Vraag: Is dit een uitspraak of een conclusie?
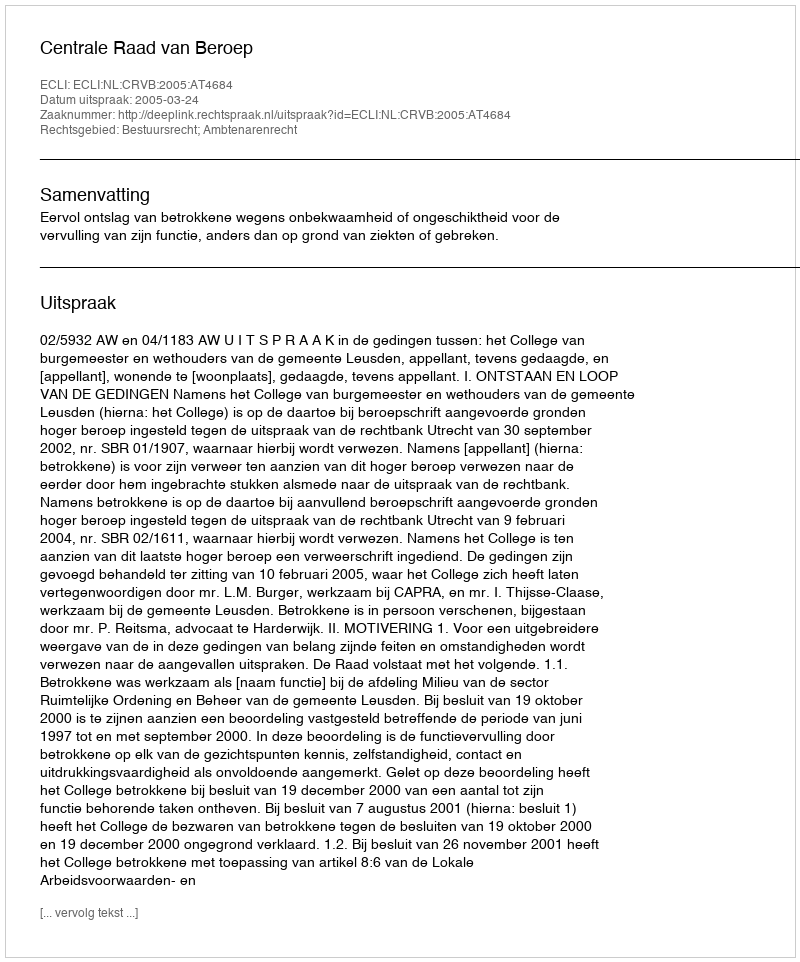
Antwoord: Uitspraak